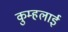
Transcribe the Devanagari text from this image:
कुम्हलाई